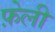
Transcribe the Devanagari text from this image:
फ़ेली